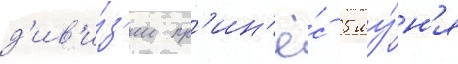
д'ив'и́з'ии пр'ин'ё́с 5 иу́н'я